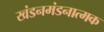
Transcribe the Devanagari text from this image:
खंडनमंडनात्मक